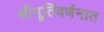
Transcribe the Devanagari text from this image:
श्रीमूर्तिवर्णनात